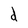
Character: d